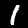
Digit: 1